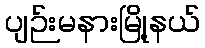
ပျဉ်းမနားမြို့နယ်